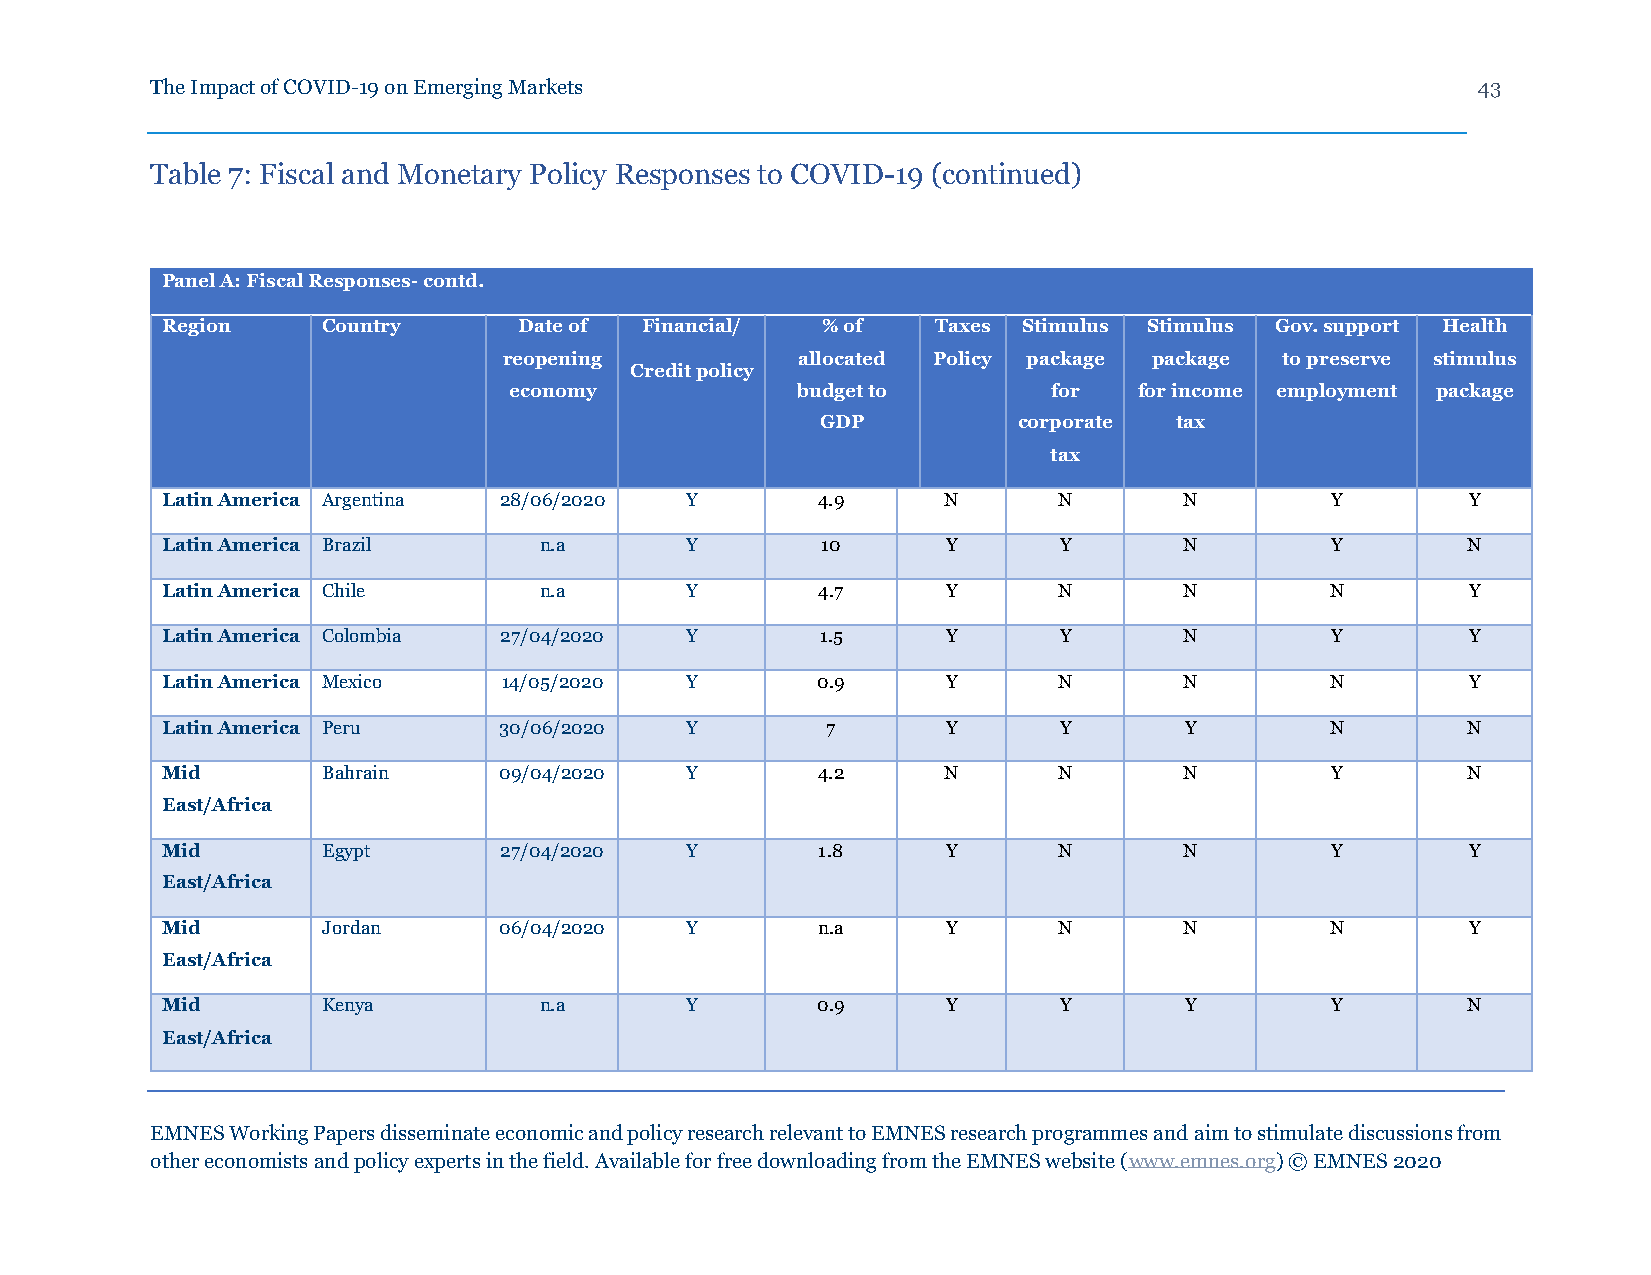
The Impact of COVID-19 on Emerging Markets                                              43
 Table 7: Fiscal and Monetary Policy Responses to COVID-19 (continued)
 Panel A: Fiscal Responses- contd.
 Region    Country      Date of Financial/  % of    Taxes Stimulus Stimulus Gov. support Health
 reopening           allocated Policy package package to preserve stimulus
 Credit policy
 economy            budget to        for  for income employment package
 GDP          corporate  tax
 tax
 Latin America Argentina 28/06/2020 Y       4.9     N       N       N         Y        Y
 Latin America Brazil     n.a      Y        10       Y      Y       N         Y        N
 Latin America Chile      n.a      Y        4.7      Y      N       N         N        Y
 Latin America Colombia 27/04/2020 Y        1.5      Y      Y       N         Y        Y
 Latin America Mexico  14/05/2020  Y        0.9      Y      N       N         N        Y
 Latin America Peru    30/06/2020  Y         7       Y      Y       Y         N        N
 Mid       Bahrain     09/04/2020  Y        4.2     N       N       N         Y        N
 East/Africa
 Mid       Egypt       27/04/2020  Y        1.8      Y      N       N         Y        Y
 East/Africa
 Mid       Jordan      06/04/2020  Y        n.a      Y      N       N         N        Y
 East/Africa
 Mid       Kenya          n.a      Y        0.9      Y      Y       Y         Y        N
 East/Africa
 EMNES Working Papers disseminate economic and policy research relevant to EMNES research programmes and aim to stimulate discussions from
 other economists and policy experts in the field. Available for free downloading from the EMNES website (www.emnes.org) © EMNES 2020